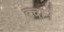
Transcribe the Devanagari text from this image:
बचानें